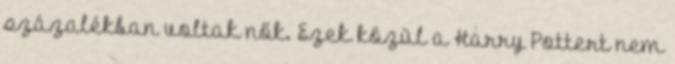
százalékban voltak nők. Ezek közül a Harry Pottert nem